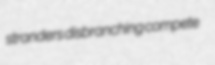
stranders disbranching compete